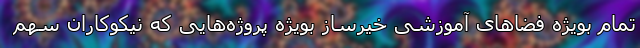
تمام بویژه فضاهای آموزشی خیرساز بویژه پروژه‌هایی که نیکوکاران سهم